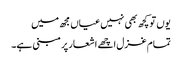
یوں تو کچھ بھی نہیں عیاں مجھ میں
تمام غزل اچھے اشعار پر مبنی ہے۔